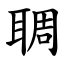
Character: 䎻